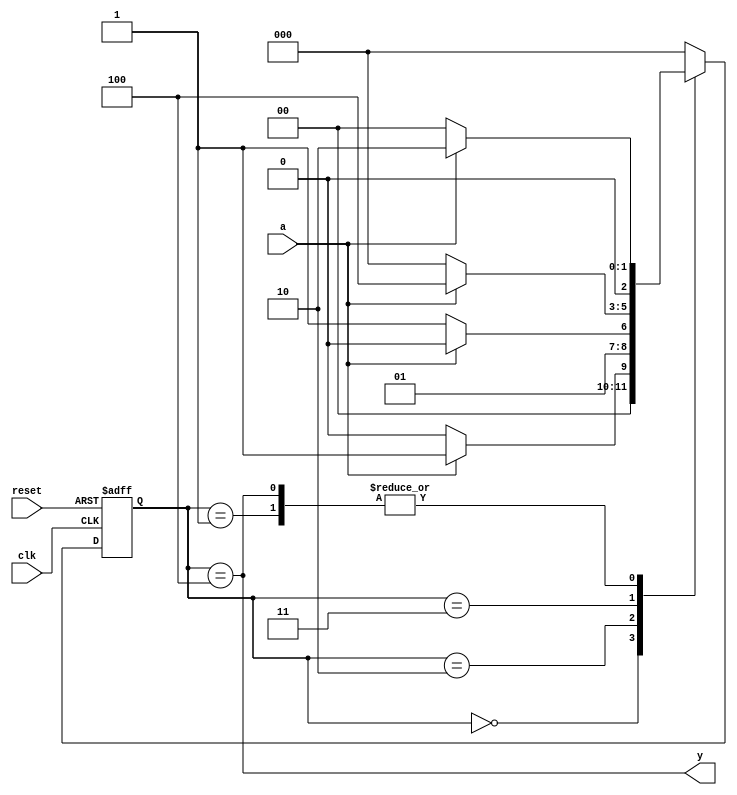
module patternMoore(input  clk, 
                    input  reset, 
		    input  a,
                    output y);

   reg  [2:0] state, nextstate;

   parameter S0 = 3'b000;
   parameter S1 = 3'b001;
   parameter S2 = 3'b010;
   parameter S3 = 3'b011;
   parameter S4 = 3'b100;

   // State Register
   always @(posedge clk, posedge reset)
      if (reset) state <= S0;
      else       state <= nextstate;

   // Next State Logic
   always @(*)
      case (state)
         S0: if (a) nextstate = S1;
	     else     nextstate = S0;
	 S1: if (a)   nextstate = S2;
	     else     nextstate = S0;
	 S2: if (a)   nextstate = S2;
	     else     nextstate = S3;
	 S3: if (a)   nextstate = S4;
	     else     nextstate = S0;
	 S4: if (a)   nextstate = S2;
	     else     nextstate = S0;
         default:   nextstate = S0;
      endcase

   // Output Logic
   assign y = (state == S4);
endmodule